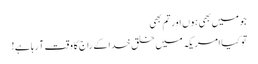
جو میں بھی ہوں اور تم بھی
تو کیا امریکہ میں خلق خدا کے راج کا وقت آ رہا ہے!